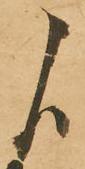
候